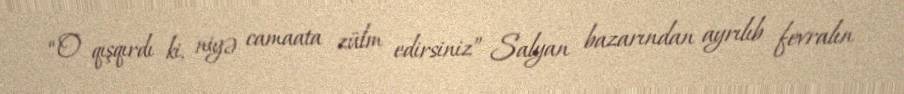
“O qışqırdı ki, niyə camaata zülm edirsiniz” Salyan bazarından ayrılıb fevralın